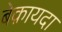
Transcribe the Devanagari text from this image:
बेक़ायदा